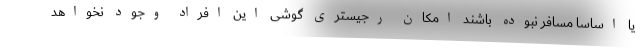
یا اساسا مسافر نبوده باشند امکان رجیستری گوشی این افراد وجود نخواهد